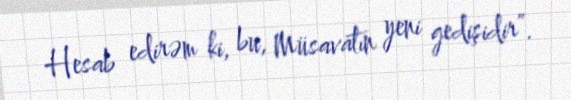
Hesab edirəm ki, bu, Müsavatın yeni gedişidir”.